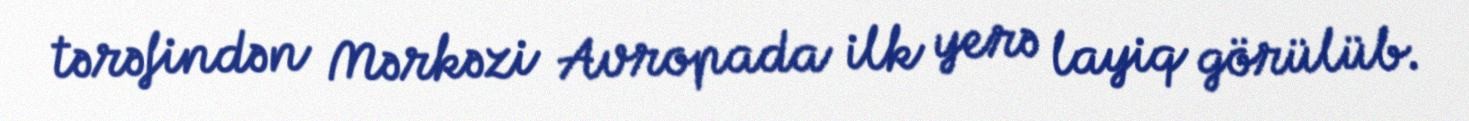
tərəfindən Mərkəzi Avropada ilk yerə layiq görülüb.